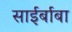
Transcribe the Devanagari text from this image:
साईर्बाबा